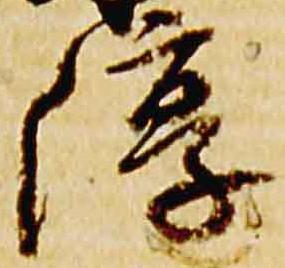
淳